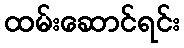
ထမ်းဆောင်ရင်း